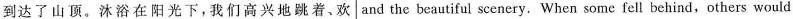
到达了山顶。沐浴在阳光下，我们高兴地跳着、欢 and the beautiful scenery. When some fell behind,others would